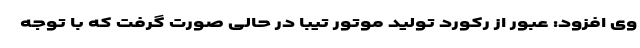
وی افزود: عبور از رکورد تولید موتور تیبا در حالی صورت گرفت که با توجه